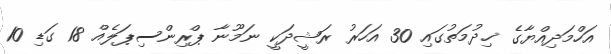
އަހްމަދިއްޔާގެ ޚިދުމަތުގައި 30 އަހަރު ރަޝީދަކީ ނަމޫނާ ޕްރިންސިޕަލެއް 18 ގަޑި 10